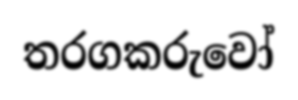
තරගකරුවෝ